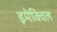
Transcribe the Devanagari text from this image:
इमेक्विल